Annual report on the Civil Veterinary Department, Burma (including the Insein Veterinary School) - 1932-1941
Year: 1932
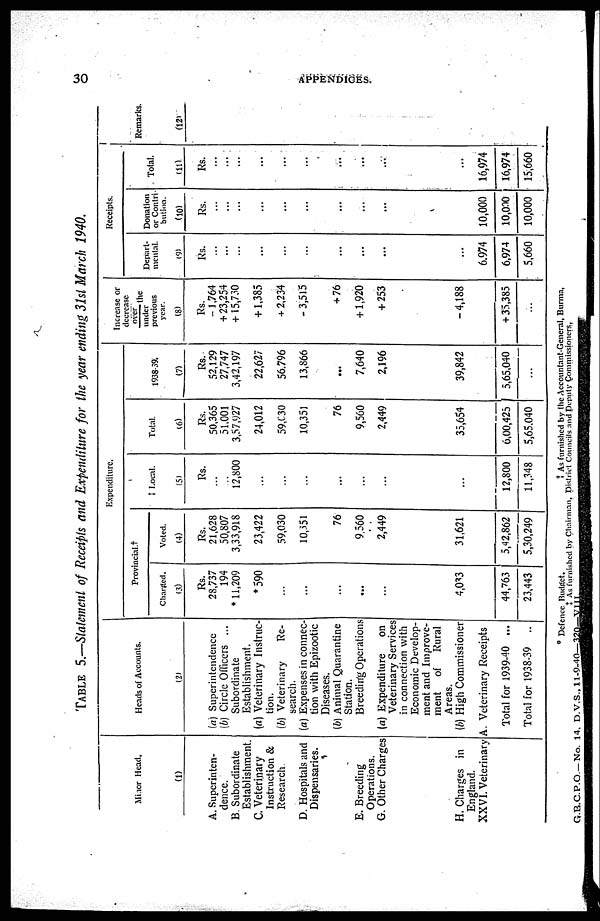
30
APPENDICES.
TABLE 5.—Statement of Receipts and Expenditure for the year ending 31st March 1940.
Minor Head.
(1)
A. Superinten-
dence.
B. Subordinate
Establishment.
C. Veterinary
Instruction &
Research
D. Hospitals and
Dispensaries.
E. Breeding
Operations.
G. Other Charges
H. Charges in
England.
XXVI. Veterinary
Heads of Accounts.
(2)
(a) Superintendence
(b) Circle Officers ...
Subordinate
Establishment.
(a) Veterinary Instruc-
tion.
(b) Veterinary
Re-
search.
(a) Expenses in connec-
tion with Epizootic
Diseases.
(b) Animal Quarantine
Station.
Breeding Operations
(a) Expenditure
on
Veterinary Services
in connection with
Economic Develop-
ment and Improve-
ment
of
Rural
Areas.
(b) High Commissioner
A. Veterinary Receipts
Total for 1939-40 ...
Total for 1938-39 ..
Expenditure.
Provincial.†
Charged.
(3)
Rs.
28,737
194
* 11,209
*590
...
...
...
...
...
4,033
44,763
23,443
Voted.
(4)
Rs.
21,628
50,807
3,33,918
23,422
59,030
10,351
76
9,560
2,449
31,621
5,42,862
5,30,249
‡ Local.
(5)
Rs.
...
12,800
...
...
...
...
...
...
...
12,800
11,348
Total.
(6)
Rs.
50,365
51,001
3,57,927
24,012
59,030
10,351
76
9,560
2,449
35,654
6,00,425
5,65,040
1938-39.
(7)
Rs.
52,129
27,747
3,42,197
22,627
56,796
13,866
...
7,640
2,196
39,842
5,65,040
...
Increase or
decrease
over
the
under
previous
year.
(8)
Rs.
-1,764
+ 23,254
+ 15,730
+ 1,385
+ 2,234
-3,515
+ 76
+1,920
+ 253
-4,188
+ 35,385
...
Receipts.
Depart-
mental.
(9)
Rs.
...
...
...
...
...
...
...
...
...
...
6,974
6,974
5,660
Donation
or Contri-
bution.
(10)
Rs.
...
...
...
...
...
...
...
...
...
10,000
10,000
10,000
Total.
(11)
Rs.
...
...
...
...
...
...
...
...
...
16,974
16,974
15,660
Remarks.
(12)
* Defence Budget.
‡ As furnished by the Accountant-General, Burma,
† As furnished by Chairman, District Councils and Deputy Commissioners.
G.B.C.P.O. —No. 14, D.V.S., 11-9-40—320—VIII